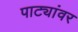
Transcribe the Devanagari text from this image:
पाट्यांवर